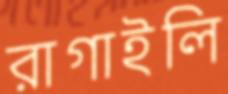
রাগাইলি